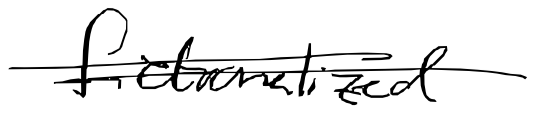
Text: fictionalized
Cross-out: double-line
Writing tool: digital_black